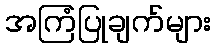
အကြံပြုချက်များ